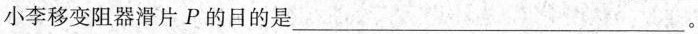
小李移变阻器滑片P的目的是___。